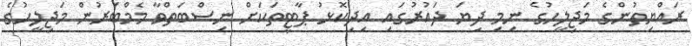
ރައްޔިތުންގެ މަޖިލީހުގެ ނިމި ދިޔަ ދައުރުގައި އިދިކޮޅު ޕާޓީތަކަށް ނިސްބަތްވާ މެމްބަރުން މަޖިލީހުގެ